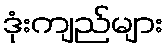
ဒုံးကျည်များ